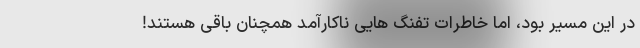
در این مسیر بود، اما خاطرات تفنگ هایی ناکارآمد همچنان باقی هستند!